Vaccination in the Punjab 1867-1880 - 1867-1880
Year: 1867
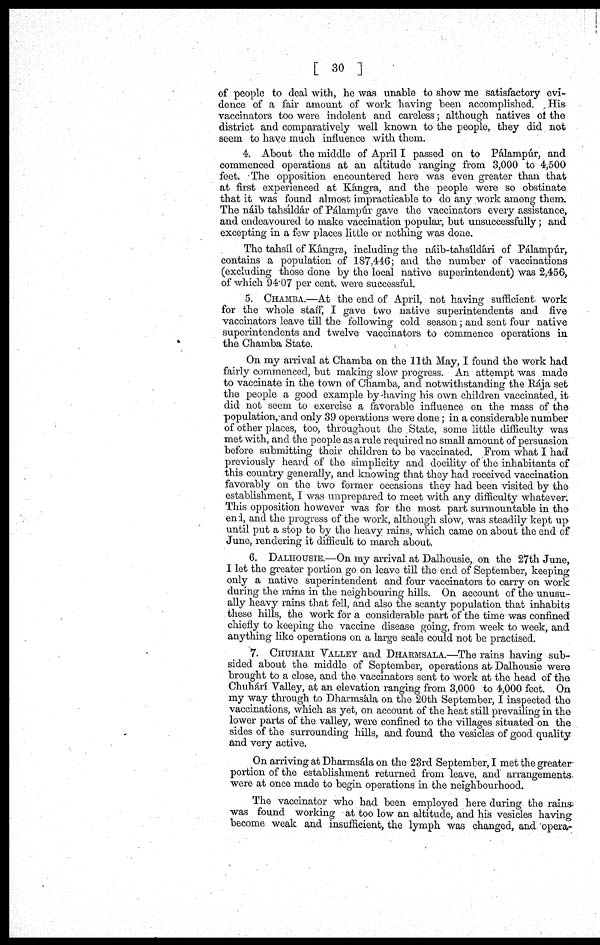
[ 30 ]
of people to deal with, he was unable to show me satisfactory evi-
dence of a fair amount of work having been accomplished. His
vaccinators too were indolent and careless; although natives of the
district and comparatively well known to the people, they did not
seem to have much influence with them.
4. About the middle of April I passed on to Pálampúr, and
commenced operations at an altitude ranging from 3,000 to 4,500
feet. The opposition encountered here was even greater than that
at first experienced at Kángra, and the people were so obstinate
that it was found almost impracticable to do any work among them.
The náib tahsíldár of Pálampúr gave the vaccinators every assistance,
and endeavoured to make vaccination popular, but unsuccessfully; and
excepting in a few places little or nothing was done.
The tahsíl of Kángra, including the náib-tahsíldári of Pálampúr,
contains a population of 187,446; and the number of vaccinations
(excluding those done by the local native superintendent) was 2,456,
of which 94.07 per cent. were successful.
5. CHAMBA.—At the end of April, not having sufficient work
for the whole staff, I gave two native superintendents and five
vaccinators leave till the following cold season; and sent four native
superintendents and twelve vaccinators to commence operations in
the Chamba State.
On my arrival at Chamba on the 11th May, I found the work had
fairly commenced, but making slow progress. An attempt was made
to vaccinate in the town of Chamba, and notwithstanding the Rája set
the people a good example by having his own children vaccinated, it
did not seem to exercise a favorable influence on the mass of the
population, and only 39 operations were done; in a considerable number
of other places, too, throughout the State, some little difficulty was
met with, and the people as a rule required no small amount of persuasion
before submitting their children to be vaccinated. From what I had
previously heard of the simplicity and docility of the inhabitants of
this country generally, and knowing that they had received vaccination
favorably on the two former occasions they had been visited by the
establishment, I was unprepared to meet with any difficulty whatever.
This opposition however was for the most part surmountable in the
end, and the progress of the work, although slow, was steadily kept up
until put a stop to by the heavy rains, which came on about the end of
June, rendering it difficult to march about.
6. DALHOUSIE.—On my arrival at Dalhousie, on the 27th June,
I let the greater portion go on leave till the end of September, keeping
only a native superintendent and four vaccinators to carry on work
during the rains in the neighbouring hills. On account of the unusu-
ally heavy rains that fell, and also the scanty population that inhabits
these hills, the work for a considerable part of the time was confined
chiefly to keeping the vaccine disease going, from week to week, and
anything like operations on a large scale could not be practised.
7. CHUHARI VALLEY and DHARMSALA.—The rains having sub-
sided about the middle of September, operations at Dalhousie were
brought to a close, and the vaccinators sent to work at the head of the
Chuhárí Valley, at an elevation ranging from 3,000 to 4,000 feet. On
my way through to Dharmsála on the 20th September, I inspected the
vaccinations, which as yet, on account of the heat still prevailing in the
lower parts of the valley, were confined to the villages situated on the
sides of the surrounding hills, and found the vesicles of good quality
and very active.
On arriving at Dharmsála on the 23rd September, I met the greater
portion of the establishment returned from leave, and arrangements
were at once made to begin operations in the neighbourhood.
The vaccinator who had been employed here during the rains
was found working at too low an altitude, and his vesicles having
become weak and insufficient, the lymph was changed, and opera-